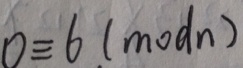
0 \equiv 6 ( m o d n )